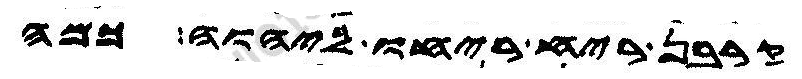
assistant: קרבן ריח ריחו ליהוה כמה